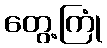
တွေ့ကြုံ